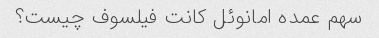
سهم عمده امانوئل کانت فیلسوف چیست؟